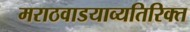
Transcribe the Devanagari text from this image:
मराठवाडयाव्यतिरिक्त